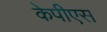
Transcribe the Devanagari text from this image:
केपीएस